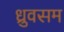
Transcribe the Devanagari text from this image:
ध्रुवसम